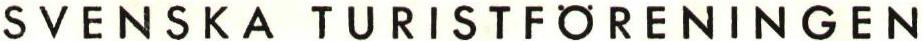
SVENSKA TURISTFÖRENINGEN